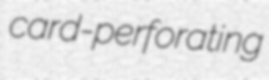
card-perforating